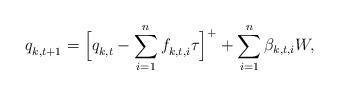
LaTeX: \begin{align*} q^{}_{k,t+1} = \Big[q^{}_{k,t} - \sum_{i=1}^n f_{k,t,i}^{}\tau\Big]^+ +\sum_{i=1}^n\beta_{k,t,i}W, \end{align*}